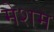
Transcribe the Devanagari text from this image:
मेशम